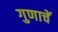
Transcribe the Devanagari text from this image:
गुणाचें